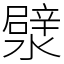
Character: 㵨